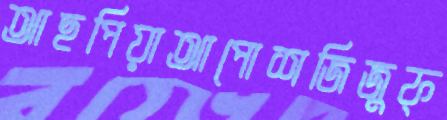
আছপিয়াআপোশজিজুফ্